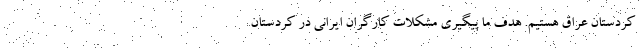
کردستان عراق هستیم. هدف ما پیگیری مشکلات کارگران ایرانی در کردستان